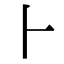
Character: ⺊